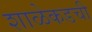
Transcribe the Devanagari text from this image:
शाळेकडची